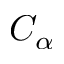
C _ { \alpha }